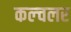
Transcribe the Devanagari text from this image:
कल्चलर